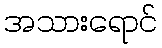
အသားရောင်